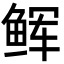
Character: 𩽼